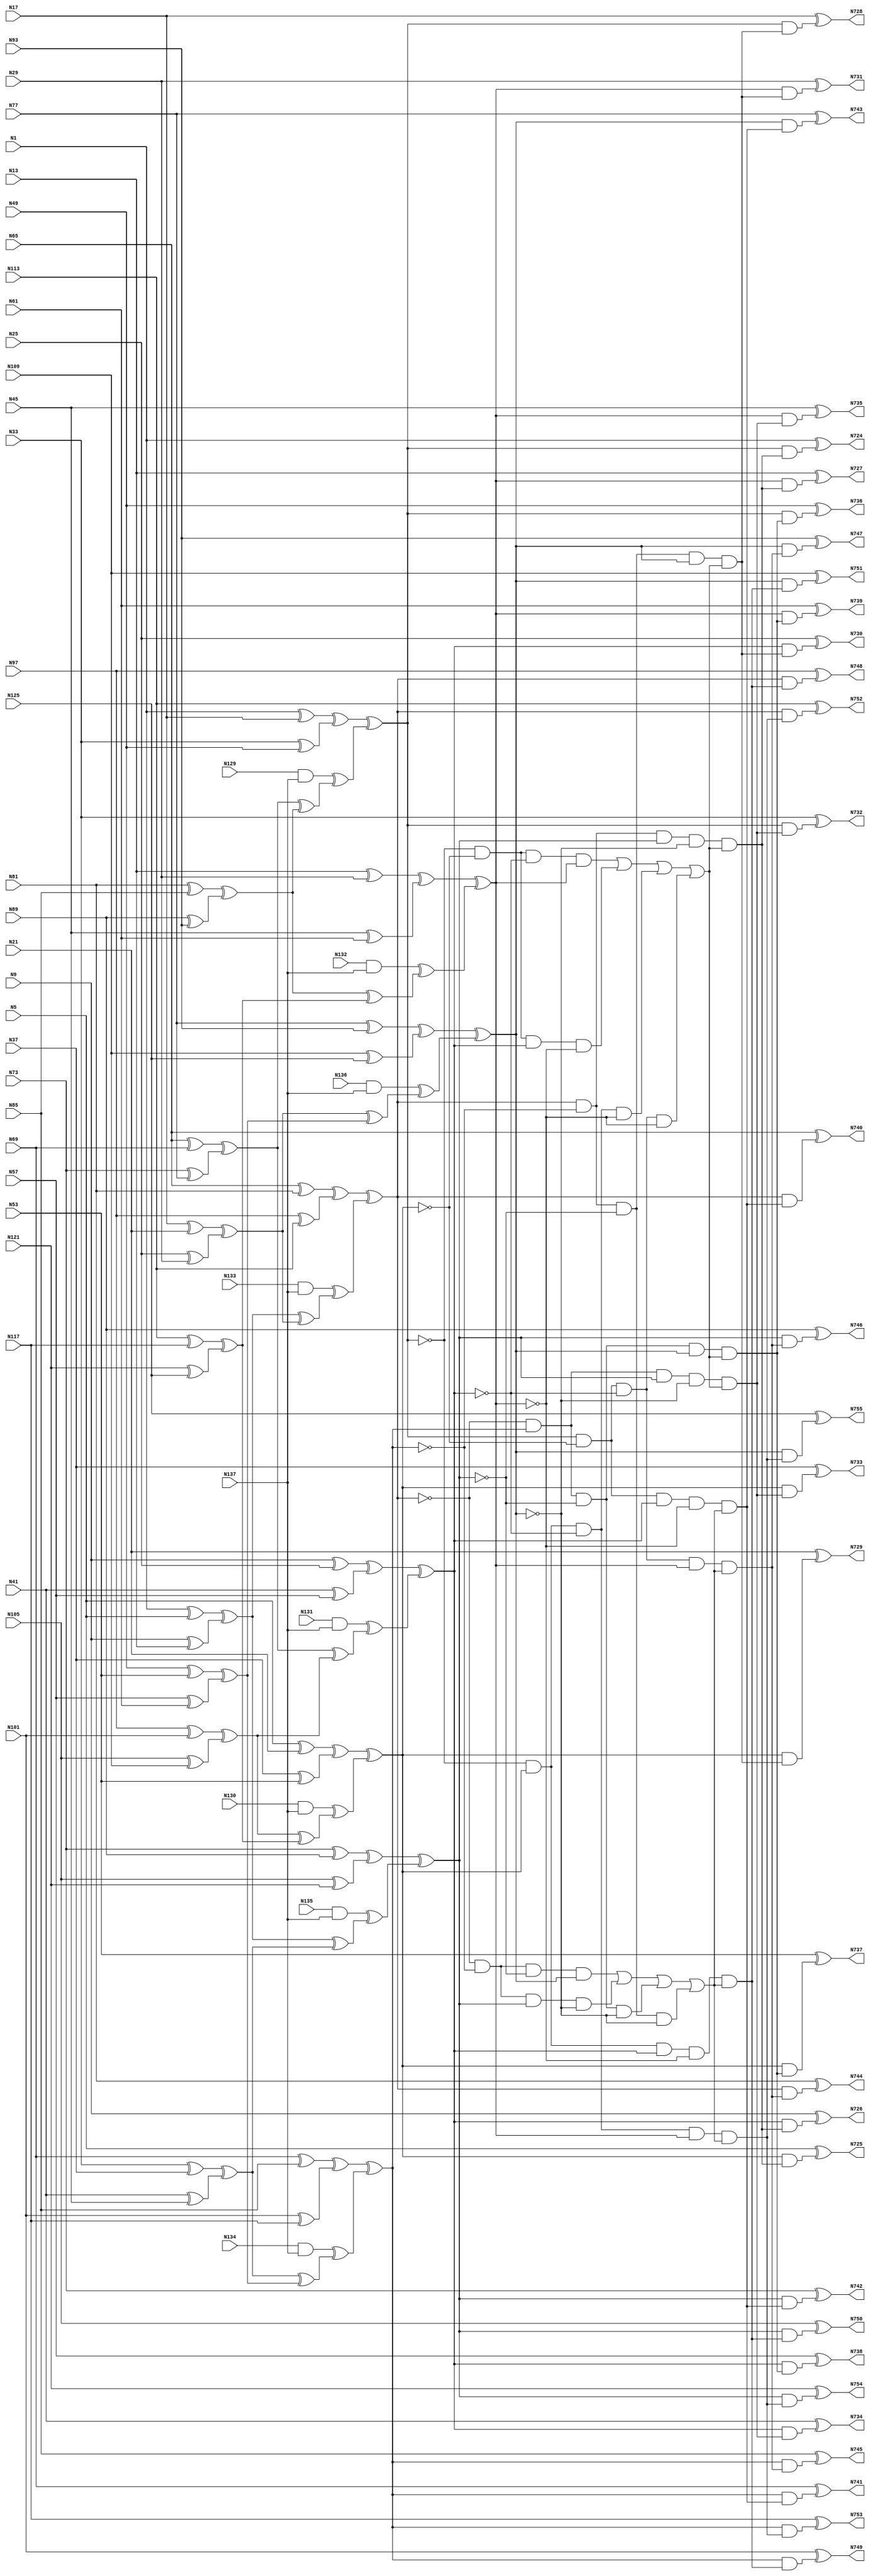
// Verilog
// c499
// Ninputs 41
// Noutputs 32
// NtotalGates 202
// XOR2 104
// AND2 40
// NOT1 40
// AND4 8
// OR4 2
// AND5 8

module c499 (N1,N5,N9,N13,N17,N21,N25,N29,N33,N37,
             N41,N45,N49,N53,N57,N61,N65,N69,N73,N77,
             N81,N85,N89,N93,N97,N101,N105,N109,N113,N117,
             N121,N125,N129,N130,N131,N132,N133,N134,N135,N136,
             N137,N724,N725,N726,N727,N728,N729,N730,N731,N732,
             N733,N734,N735,N736,N737,N738,N739,N740,N741,N742,
             N743,N744,N745,N746,N747,N748,N749,N750,N751,N752,
             N753,N754,N755);

input N1,N5,N9,N13,N17,N21,N25,N29,N33,N37,
      N41,N45,N49,N53,N57,N61,N65,N69,N73,N77,
      N81,N85,N89,N93,N97,N101,N105,N109,N113,N117,
      N121,N125,N129,N130,N131,N132,N133,N134,N135,N136,
      N137;

output N724,N725,N726,N727,N728,N729,N730,N731,N732,N733,
       N734,N735,N736,N737,N738,N739,N740,N741,N742,N743,
       N744,N745,N746,N747,N748,N749,N750,N751,N752,N753,
       N754,N755;

wire N250,N251,N252,N253,N254,N255,N256,N257,N258,N259,
     N260,N261,N262,N263,N264,N265,N266,N267,N268,N269,
     N270,N271,N272,N273,N274,N275,N276,N277,N278,N279,
     N280,N281,N282,N283,N284,N285,N286,N287,N288,N289,
     N290,N293,N296,N299,N302,N305,N308,N311,N314,N315,
     N316,N317,N318,N319,N320,N321,N338,N339,N340,N341,
     N342,N343,N344,N345,N346,N347,N348,N349,N350,N351,
     N352,N353,N354,N367,N380,N393,N406,N419,N432,N445,
     N554,N555,N556,N557,N558,N559,N560,N561,N562,N563,
     N564,N565,N566,N567,N568,N569,N570,N571,N572,N573,
     N574,N575,N576,N577,N578,N579,N580,N581,N582,N583,
     N584,N585,N586,N587,N588,N589,N590,N591,N592,N593,
     N594,N595,N596,N597,N598,N599,N600,N601,N602,N607,
     N620,N625,N630,N635,N640,N645,N650,N655,N692,N693,
     N694,N695,N696,N697,N698,N699,N700,N701,N702,N703,
     N704,N705,N706,N707,N708,N709,N710,N711,N712,N713,
     N714,N715,N716,N717,N718,N719,N720,N721,N722,N723;

xor XOR2_1 (N250, N1, N5);
xor XOR2_2 (N251, N9, N13);
xor XOR2_3 (N252, N17, N21);
xor XOR2_4 (N253, N25, N29);
xor XOR2_5 (N254, N33, N37);
xor XOR2_6 (N255, N41, N45);
xor XOR2_7 (N256, N49, N53);
xor XOR2_8 (N257, N57, N61);
xor XOR2_9 (N258, N65, N69);
xor XOR2_10 (N259, N73, N77);
xor XOR2_11 (N260, N81, N85);
xor XOR2_12 (N261, N89, N93);
xor XOR2_13 (N262, N97, N101);
xor XOR2_14 (N263, N105, N109);
xor XOR2_15 (N264, N113, N117);
xor XOR2_16 (N265, N121, N125);
and AND2_17 (N266, N129, N137);
and AND2_18 (N267, N130, N137);
and AND2_19 (N268, N131, N137);
and AND2_20 (N269, N132, N137);
and AND2_21 (N270, N133, N137);
and AND2_22 (N271, N134, N137);
and AND2_23 (N272, N135, N137);
and AND2_24 (N273, N136, N137);
xor XOR2_25 (N274, N1, N17);
xor XOR2_26 (N275, N33, N49);
xor XOR2_27 (N276, N5, N21);
xor XOR2_28 (N277, N37, N53);
xor XOR2_29 (N278, N9, N25);
xor XOR2_30 (N279, N41, N57);
xor XOR2_31 (N280, N13, N29);
xor XOR2_32 (N281, N45, N61);
xor XOR2_33 (N282, N65, N81);
xor XOR2_34 (N283, N97, N113);
xor XOR2_35 (N284, N69, N85);
xor XOR2_36 (N285, N101, N117);
xor XOR2_37 (N286, N73, N89);
xor XOR2_38 (N287, N105, N121);
xor XOR2_39 (N288, N77, N93);
xor XOR2_40 (N289, N109, N125);
xor XOR2_41 (N290, N250, N251);
xor XOR2_42 (N293, N252, N253);
xor XOR2_43 (N296, N254, N255);
xor XOR2_44 (N299, N256, N257);
xor XOR2_45 (N302, N258, N259);
xor XOR2_46 (N305, N260, N261);
xor XOR2_47 (N308, N262, N263);
xor XOR2_48 (N311, N264, N265);
xor XOR2_49 (N314, N274, N275);
xor XOR2_50 (N315, N276, N277);
xor XOR2_51 (N316, N278, N279);
xor XOR2_52 (N317, N280, N281);
xor XOR2_53 (N318, N282, N283);
xor XOR2_54 (N319, N284, N285);
xor XOR2_55 (N320, N286, N287);
xor XOR2_56 (N321, N288, N289);
xor XOR2_57 (N338, N290, N293);
xor XOR2_58 (N339, N296, N299);
xor XOR2_59 (N340, N290, N296);
xor XOR2_60 (N341, N293, N299);
xor XOR2_61 (N342, N302, N305);
xor XOR2_62 (N343, N308, N311);
xor XOR2_63 (N344, N302, N308);
xor XOR2_64 (N345, N305, N311);
xor XOR2_65 (N346, N266, N342);
xor XOR2_66 (N347, N267, N343);
xor XOR2_67 (N348, N268, N344);
xor XOR2_68 (N349, N269, N345);
xor XOR2_69 (N350, N270, N338);
xor XOR2_70 (N351, N271, N339);
xor XOR2_71 (N352, N272, N340);
xor XOR2_72 (N353, N273, N341);
xor XOR2_73 (N354, N314, N346);
xor XOR2_74 (N367, N315, N347);
xor XOR2_75 (N380, N316, N348);
xor XOR2_76 (N393, N317, N349);
xor XOR2_77 (N406, N318, N350);
xor XOR2_78 (N419, N319, N351);
xor XOR2_79 (N432, N320, N352);
xor XOR2_80 (N445, N321, N353);
not NOT1_81 (N554, N354);
not NOT1_82 (N555, N367);
not NOT1_83 (N556, N380);
not NOT1_84 (N557, N354);
not NOT1_85 (N558, N367);
not NOT1_86 (N559, N393);
not NOT1_87 (N560, N354);
not NOT1_88 (N561, N380);
not NOT1_89 (N562, N393);
not NOT1_90 (N563, N367);
not NOT1_91 (N564, N380);
not NOT1_92 (N565, N393);
not NOT1_93 (N566, N419);
not NOT1_94 (N567, N445);
not NOT1_95 (N568, N419);
not NOT1_96 (N569, N432);
not NOT1_97 (N570, N406);
not NOT1_98 (N571, N445);
not NOT1_99 (N572, N406);
not NOT1_100 (N573, N432);
not NOT1_101 (N574, N406);
not NOT1_102 (N575, N419);
not NOT1_103 (N576, N432);
not NOT1_104 (N577, N406);
not NOT1_105 (N578, N419);
not NOT1_106 (N579, N445);
not NOT1_107 (N580, N406);
not NOT1_108 (N581, N432);
not NOT1_109 (N582, N445);
not NOT1_110 (N583, N419);
not NOT1_111 (N584, N432);
not NOT1_112 (N585, N445);
not NOT1_113 (N586, N367);
not NOT1_114 (N587, N393);
not NOT1_115 (N588, N367);
not NOT1_116 (N589, N380);
not NOT1_117 (N590, N354);
not NOT1_118 (N591, N393);
not NOT1_119 (N592, N354);
not NOT1_120 (N593, N380);
and AND4_121 (N594, N554, N555, N556, N393);
and AND4_122 (N595, N557, N558, N380, N559);
and AND4_123 (N596, N560, N367, N561, N562);
and AND4_124 (N597, N354, N563, N564, N565);
and AND4_125 (N598, N574, N575, N576, N445);
and AND4_126 (N599, N577, N578, N432, N579);
and AND4_127 (N600, N580, N419, N581, N582);
and AND4_128 (N601, N406, N583, N584, N585);
or OR4_129 (N602, N594, N595, N596, N597);
or OR4_130 (N607, N598, N599, N600, N601);
and AND5_131 (N620, N406, N566, N432, N567, N602);
and AND5_132 (N625, N406, N568, N569, N445, N602);
and AND5_133 (N630, N570, N419, N432, N571, N602);
and AND5_134 (N635, N572, N419, N573, N445, N602);
and AND5_135 (N640, N354, N586, N380, N587, N607);
and AND5_136 (N645, N354, N588, N589, N393, N607);
and AND5_137 (N650, N590, N367, N380, N591, N607);
and AND5_138 (N655, N592, N367, N593, N393, N607);
and AND2_139 (N692, N354, N620);
and AND2_140 (N693, N367, N620);
and AND2_141 (N694, N380, N620);
and AND2_142 (N695, N393, N620);
and AND2_143 (N696, N354, N625);
and AND2_144 (N697, N367, N625);
and AND2_145 (N698, N380, N625);
and AND2_146 (N699, N393, N625);
and AND2_147 (N700, N354, N630);
and AND2_148 (N701, N367, N630);
and AND2_149 (N702, N380, N630);
and AND2_150 (N703, N393, N630);
and AND2_151 (N704, N354, N635);
and AND2_152 (N705, N367, N635);
and AND2_153 (N706, N380, N635);
and AND2_154 (N707, N393, N635);
and AND2_155 (N708, N406, N640);
and AND2_156 (N709, N419, N640);
and AND2_157 (N710, N432, N640);
and AND2_158 (N711, N445, N640);
and AND2_159 (N712, N406, N645);
and AND2_160 (N713, N419, N645);
and AND2_161 (N714, N432, N645);
and AND2_162 (N715, N445, N645);
and AND2_163 (N716, N406, N650);
and AND2_164 (N717, N419, N650);
and AND2_165 (N718, N432, N650);
and AND2_166 (N719, N445, N650);
and AND2_167 (N720, N406, N655);
and AND2_168 (N721, N419, N655);
and AND2_169 (N722, N432, N655);
and AND2_170 (N723, N445, N655);
xor XOR2_171 (N724, N1, N692);
xor XOR2_172 (N725, N5, N693);
xor XOR2_173 (N726, N9, N694);
xor XOR2_174 (N727, N13, N695);
xor XOR2_175 (N728, N17, N696);
xor XOR2_176 (N729, N21, N697);
xor XOR2_177 (N730, N25, N698);
xor XOR2_178 (N731, N29, N699);
xor XOR2_179 (N732, N33, N700);
xor XOR2_180 (N733, N37, N701);
xor XOR2_181 (N734, N41, N702);
xor XOR2_182 (N735, N45, N703);
xor XOR2_183 (N736, N49, N704);
xor XOR2_184 (N737, N53, N705);
xor XOR2_185 (N738, N57, N706);
xor XOR2_186 (N739, N61, N707);
xor XOR2_187 (N740, N65, N708);
xor XOR2_188 (N741, N69, N709);
xor XOR2_189 (N742, N73, N710);
xor XOR2_190 (N743, N77, N711);
xor XOR2_191 (N744, N81, N712);
xor XOR2_192 (N745, N85, N713);
xor XOR2_193 (N746, N89, N714);
xor XOR2_194 (N747, N93, N715);
xor XOR2_195 (N748, N97, N716);
xor XOR2_196 (N749, N101, N717);
xor XOR2_197 (N750, N105, N718);
xor XOR2_198 (N751, N109, N719);
xor XOR2_199 (N752, N113, N720);
xor XOR2_200 (N753, N117, N721);
xor XOR2_201 (N754, N121, N722);
xor XOR2_202 (N755, N125, N723);

endmodule